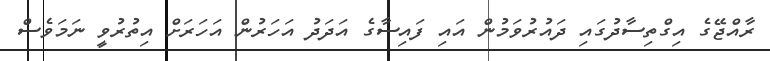
ރާއްޖޭގެ އިގްތިސާދުގައި ދައުރުވަމުން އައި ފައިސާގެ އަދަދު އަަހަރުން އަހަރަށް އިތުރުވީ ނަމަވެސް